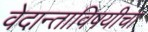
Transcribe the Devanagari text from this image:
वेदान्ताविषयीचा